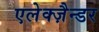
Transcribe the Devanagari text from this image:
एलेक्ज़ैन्डर